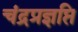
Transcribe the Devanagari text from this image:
चंद्रप्रज्ञप्ति